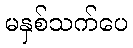
မနှစ်သက်ပေ